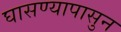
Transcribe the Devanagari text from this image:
घासण्यापासुन